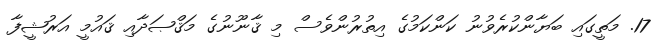
17. މަތީގައި ބަޔާންކުރެވުނު ކަންކަމުގެ އިތުރުންވެސް މި ޤާނޫނުގެ މަޤްޞަދާއި ޤައުމީ އަރުޝީފާ